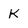
Character: K